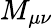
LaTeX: M_{\mu\nu}